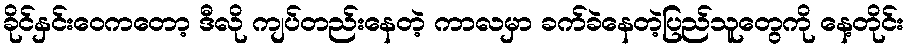
ခိုင်နှင်းဝေကတော့ ဒီလို ကျပ်တည်းနေတဲ့ ကာလမှာ ခက်ခဲနေတဲ့ပြည်သူတွေကို နေ့တိုင်း